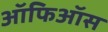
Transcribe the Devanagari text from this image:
ऑफिऑस